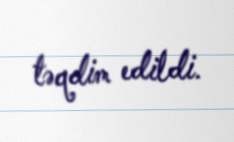
təqdim edildi.